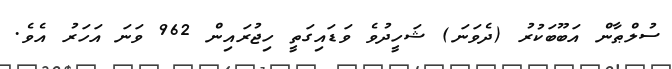
ސުލްޠާން އަބޫބަކުރު (ދެވަނަ) ޝަހީދުވެ ވަޑައިގަތީ ހިޖުރައިން 962 ވަނަ އަހަރު އެވެ.